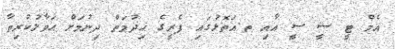
އެމް ޓީ ސީ ސީ އާއި ތ.އަތޮޅުގައި ފެރީގެ ޚިދުމަތް ދިނުމަށް ޙަވާލުކުރިތާ